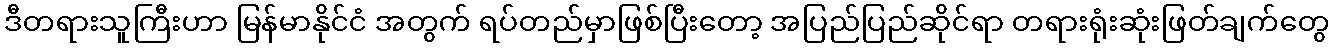
ဒီတရားသူကြီးဟာ မြန်မာနိုင်ငံ အတွက် ရပ်တည်မှာဖြစ်ပြီးတော့ အပြည်ပြည်ဆိုင်ရာ တရားရုံးဆုံးဖြတ်ချက်တွေ